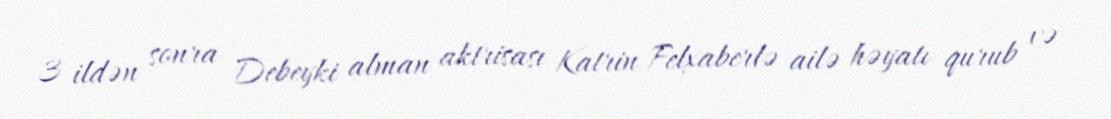
3 ildən sonra Debeyki alman aktrisası Katrin Felxaberlə ailə həyatı qurub və